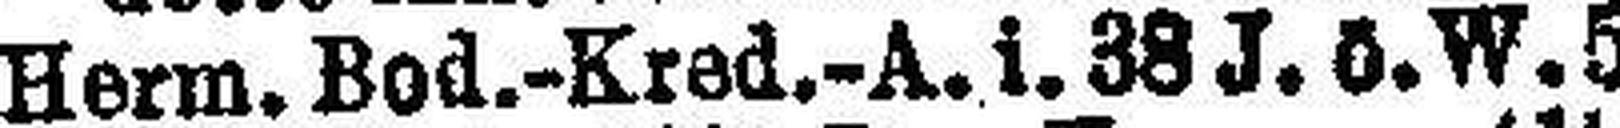
Herm. Bod.-Kred.-A. i. 38 J. ö. W. 5